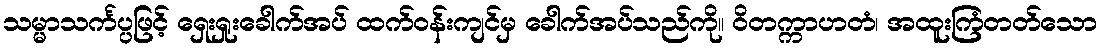
သမ္မာသင်္ကပ္ပဖြင့် ရှေးရှုးခေါက်အပ် ထက်ဝန်းကျင်မှ ခေါက်အပ်သည်ကို။ ဝိတက္ကာဟတံ၊ အထူးကြံတတ်သော